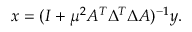
x = ( I + \mu ^ { 2 } A ^ { T } \Delta ^ { T } \Delta A ) ^ { - 1 } y .